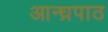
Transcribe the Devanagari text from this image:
आन्ध्रपाठ